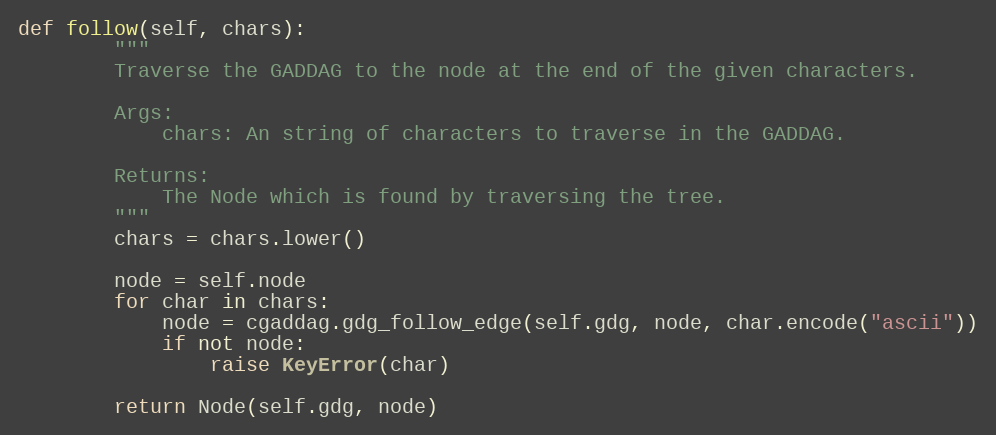
Language: Python
def follow(self, chars):
        """
        Traverse the GADDAG to the node at the end of the given characters.

        Args:
            chars: An string of characters to traverse in the GADDAG.

        Returns:
            The Node which is found by traversing the tree.
        """
        chars = chars.lower()

        node = self.node
        for char in chars:
            node = cgaddag.gdg_follow_edge(self.gdg, node, char.encode("ascii"))
            if not node:
                raise KeyError(char)

        return Node(self.gdg, node)